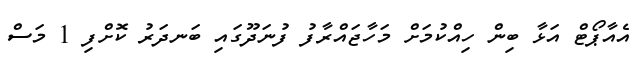
އެއާޕޯޓް އަޅާ ބިިން ހިއްކުމަށް މަހާޖައްރާފު ފުނަދޫގައި ބަނދަރު ކޮށްފި 1 މަސް